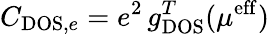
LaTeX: C_{\mathrm{DOS},e}=e^{2}\, g_{\mathrm{DOS}}^{T}(\mu^{\mathrm{eff}})